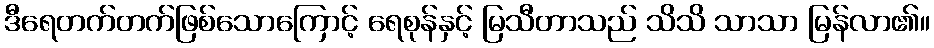
ဒီရေတက်တက်ဖြစ်သောကြောင့် ရေစုန်နှင့် မြသီတာသည် သိသိ သာသာ မြန်လာ၏။